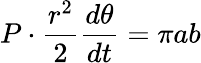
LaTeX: P\cdot{\frac{r^{2}}{2}}{\frac{d\theta}{dt}}=\pi ab